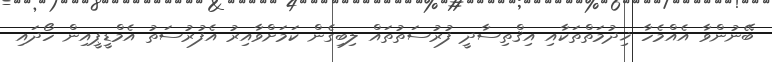
ބޭނުންވާ އެއްމެހާ ޚިދުމަތްތަކާއި އިޤްތިސާދީ ފުރުސަތުތައް ލިބިގެން ކަމަށްވާއިރު އެފުރުސަތު އެމްޑީޕީއިން ހޯދައި